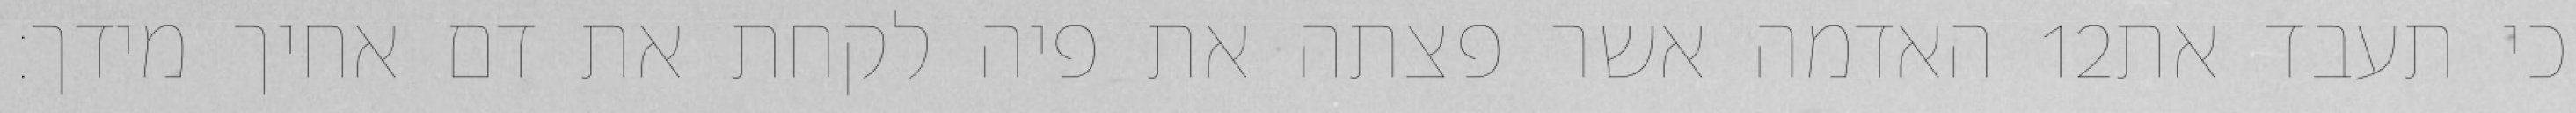
האדמה אשר פצתה את פיה לקחת את דם אחיך מידך׃ ‎12‏ כי תעבד את